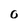
Character: 0